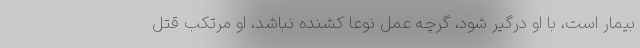
بیمار است، با او درگیر شود، گرچه عمل نوعاً کشنده نباشد، او مرتکب قتل